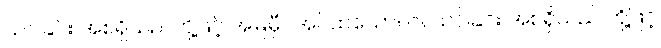
သင်ခြင်း အစရှိသည်တို့ဖြင့် အမြဲမှီဝဲအပ်ထသော။ ဝါ၊ သင်ခြင်း အစရှိသည် တို့ဖြင့်